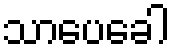
သာပေခေါ